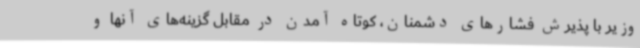
وزیر با پذیرش فشارهای دشمنان، کوتاه آمدن در مقابل گزینه‌های آنها و